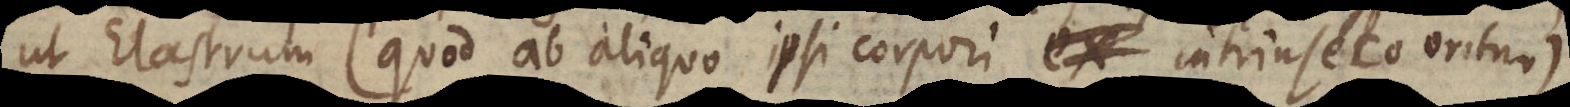
ut Elastrum (quod ab aliquo ipsi corpori intrinseco oritur)